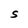
Character: S